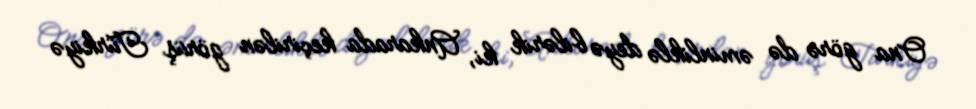
Ona görə də əminliklə deyə bilərik ki, Ankarada keçirilən görüş Türkiyə